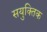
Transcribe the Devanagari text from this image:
सयुक्‍तिक